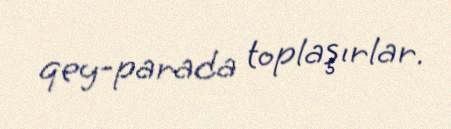
qey-parada toplaşırlar.